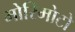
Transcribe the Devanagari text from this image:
मोरिमोटो